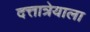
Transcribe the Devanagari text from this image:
दत्तात्रेयाला